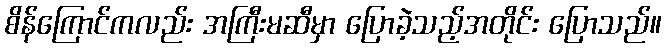
စိန်ကြောင်ကလည်း အကြီးမဆီမှာ ပြောခဲ့သည့်အတိုင်း ပြောသည်။